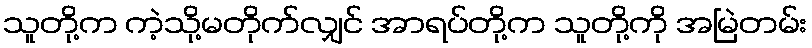
သူတို့က ကဲ့သို့မတိုက်လျှင် အာရပ်တို့က သူတို့ကို အမြဲတမ်း